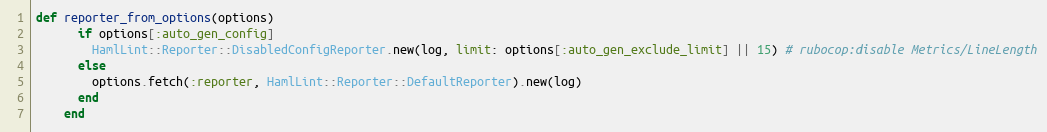
Language: Ruby
def reporter_from_options(options)
      if options[:auto_gen_config]
        HamlLint::Reporter::DisabledConfigReporter.new(log, limit: options[:auto_gen_exclude_limit] || 15) # rubocop:disable Metrics/LineLength
      else
        options.fetch(:reporter, HamlLint::Reporter::DefaultReporter).new(log)
      end
    end